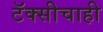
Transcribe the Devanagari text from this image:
टॅक्सीचाही